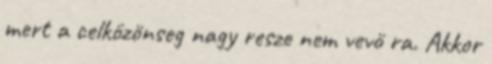
mert a celközönseg nagy resze nem vevö ra. Akkor